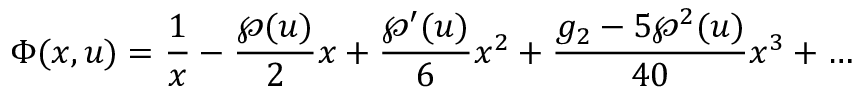
\Phi ( x , u ) = { \frac { 1 } { x } } - { \frac { \wp ( u ) } { 2 } } x + { \frac { \wp ^ { \prime } ( u ) } { 6 } } x ^ { 2 } + { \frac { g _ { 2 } - 5 \wp ^ { 2 } ( u ) } { 4 0 } } x ^ { 3 } + \ldots